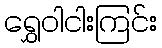
ရွှေဝါငါးကြင်း